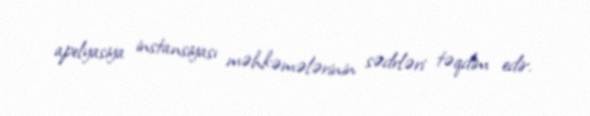
apelyasiya instansiyası məhkəmələrinin sədrləri təqdim edir.